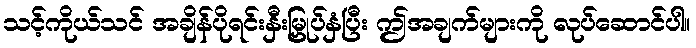
သင့်ကိုယ်သင် အချိန်ပိုရင်းနှီးမြှုပ်နှံပြီး ဤအချက်များကို လုပ်ဆောင်ပါ။